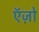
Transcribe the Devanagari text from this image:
ऍज़ो